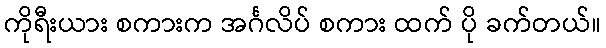
ကိုရီးယား စကားက အင်္ဂလိပ် စကား ထက် ပို ခက်တယ်။